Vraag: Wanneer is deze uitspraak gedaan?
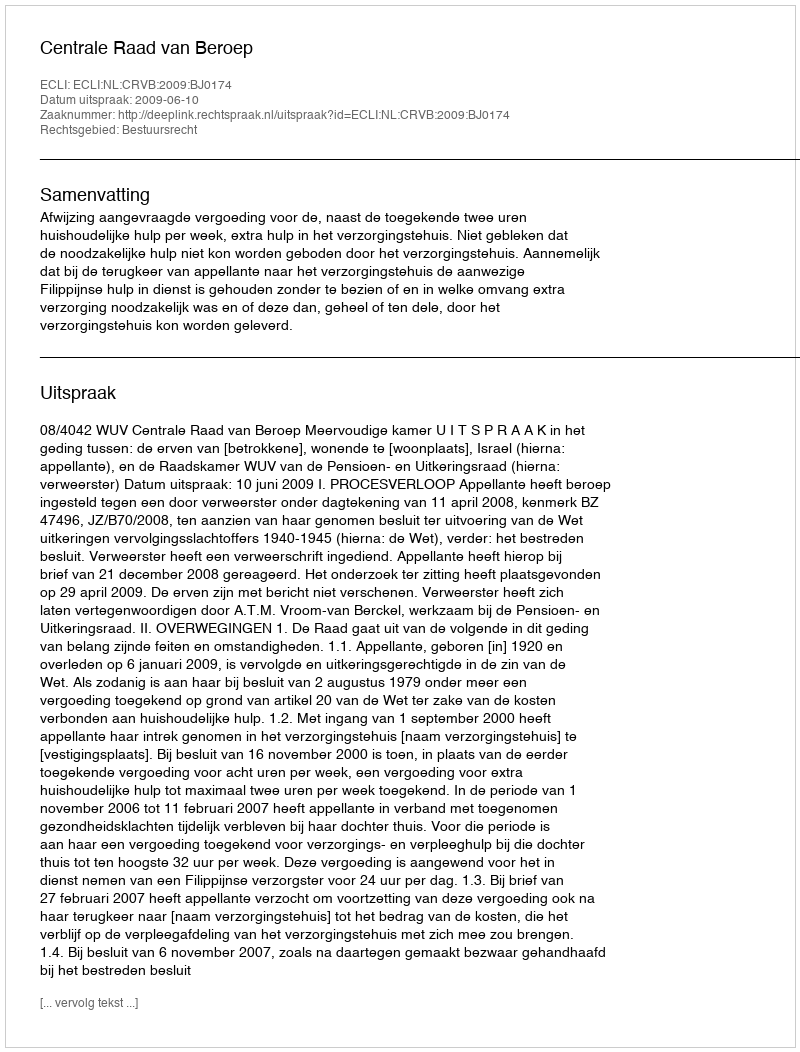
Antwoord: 2009-06-10